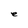
Character: e